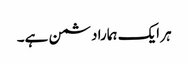
ہر ایک ہمارا دشمن ہے۔